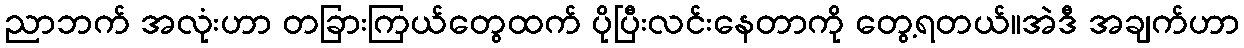
ညာဘက် အလုံးဟာ တခြားကြယ်တွေထက် ပိုပြီးလင်းနေတာကို တွေ့ရတယ်။အဲဒီ အချက်ဟာ